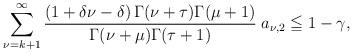
LaTeX: \begin{align*}\sum_{\nu =k+1 }^{ \infty} \dfrac{(1+\delta \nu - \delta) \,\Gamma(\nu+\tau)\Gamma{(\mu+1)}}{\Gamma(\nu+\mu)\Gamma(\tau+1)} \;a_{\nu,2} \leqq 1 - \gamma ,\end{align*}